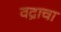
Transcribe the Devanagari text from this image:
वद्राचा